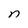
Character: n